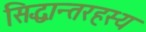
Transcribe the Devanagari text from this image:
सिद्धान्तरहस्य